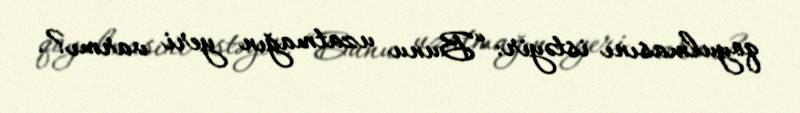
qoyulmasını istəyir: “Bunu uzatmağın yeri varmı?.